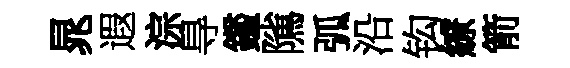
晁遐淙㝵鑑隲弧沿钩繚箭